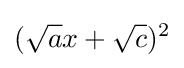
({\sqrt {a}}x+{\sqrt {c}})^{2}